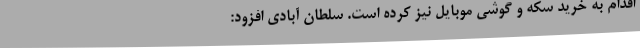
اقدام به خرید سکه و گوشی موبایل نیز کرده است. سلطان آبادی افزود:‌